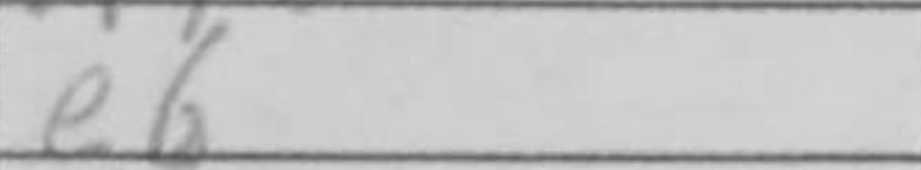
Transcription: e6